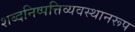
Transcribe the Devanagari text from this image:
शब्दनिष्पत्तिव्यवस्थानरूप